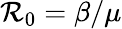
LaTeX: \mathcal{R}_{0}=\beta/\mu